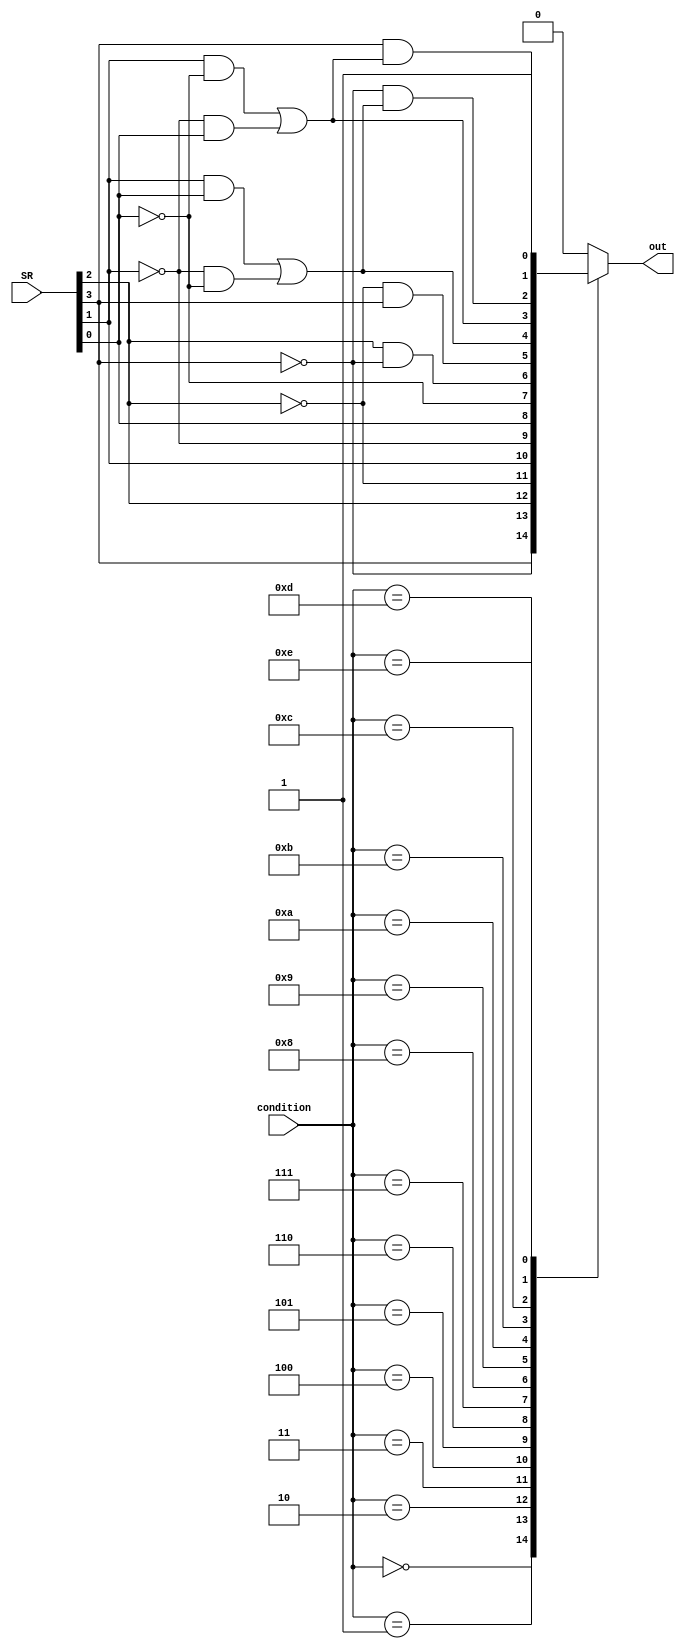
`timescale 1ns/1ns

module ContidionCheck (
    input[3:0] condition, SR,
    output reg out
);

    parameter [3:0] EQ = 4'b0000; 
    parameter [3:0] NE = 4'b0001; 
    parameter [3:0] CS_HS = 4'b0010; 
    parameter [3:0] CC_LO = 4'b0011; 
    parameter [3:0] MI = 4'b0100; 
    parameter [3:0] PL = 4'b0101; 
    parameter [3:0] VS = 4'b0110; 
    parameter [3:0] VC = 4'b0111; 
    parameter [3:0] HI = 4'b1000; 
    parameter [3:0] LS = 4'b1001; 
    parameter [3:0] GE = 4'b1010; 
    parameter [3:0] LT = 4'b1011; 
    parameter [3:0] GT = 4'b1100; 
    parameter [3:0] LE = 4'b1101; 
    parameter [3:0] AL = 4'b1110; 

    wire Z, C, N, V;
    assign {Z, C, N, V} = SR;

    always @(condition, SR) begin
        out = 1'b0;

        case(condition)
            EQ: out = Z;
            NE: out = ~Z;
            CS_HS: out = C;
            CC_LO: out = ~C;
            MI: out = N;
            PL: out = ~N;
            VS: out = V;
            VC: out = ~V;
            HI: out = C & ~Z;
            LS: out = ~C & Z;
            GE: out = (N & V) | (~N & ~V);
            LT: out = (N & ~V) | (~N & V);
            GT: out = ~Z & ((N & V) | (~N & ~V));
            LE: out = Z & ((N & ~V) | (~N & V));
            AL: out = 1'b1;
            default: out = 1'b0;
        endcase
    end

endmodule